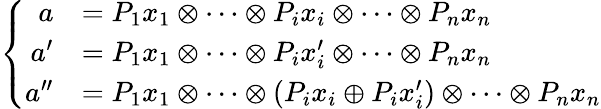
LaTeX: \left\{ \begin{array}{rl}{a}&{=P_{1}x_{1}\otimes\cdots\otimes P_{i}x_{i}\otimes\cdots\otimes P_{n}x_{n}}\\ {a^{\prime}}&{=P_{1}x_{1}\otimes\cdots\otimes P_{i}x_{i}^{\prime}\otimes\cdots\otimes P_{n}x_{n}}\\ {a^{\prime\prime}}&{=P_{1}x_{1}\otimes\cdots\otimes(P_{i}x_{i}\oplus P_{i}x_{i}^{\prime})\otimes\cdots\otimes P_{n}x_{n}}\end{array}\right.